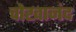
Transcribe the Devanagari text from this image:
चोखानंद